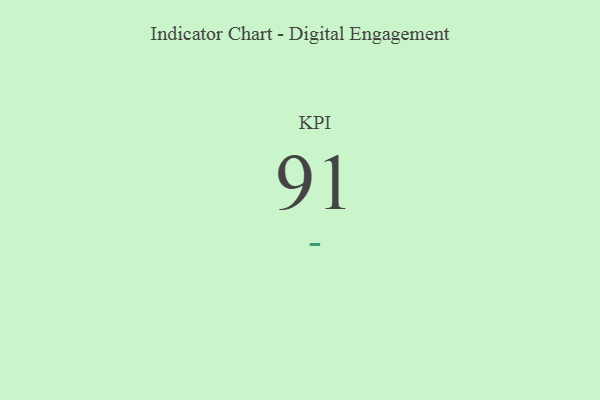
{"axis": {"x": "KPI", "y": "Value"}, "legend": [""], "data": [{"x": "KPI", "y": 91, "type": ""}]}